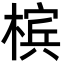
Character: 槟